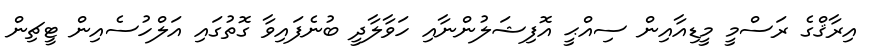
އިރާޤްގެ ރަސްމީ މީޑިއާއިން ސިއްޙީ އޮފިޝަލުންނާއި ހަވާލާދީ ބުނެފައިވާ ގޮތުގައި އަލްހުސެއިން ޓީޗިން